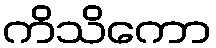
ကိသိကော